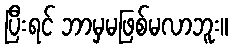
ပြီးရင် ဘာမှမဖြစ်မလာဘူး။